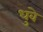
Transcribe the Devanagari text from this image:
धुवे